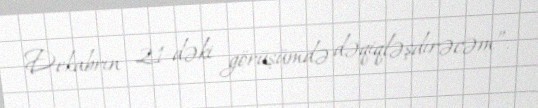
Dekabrın 21-dəki görüşümdə dəqiqləşdirəcəm”.